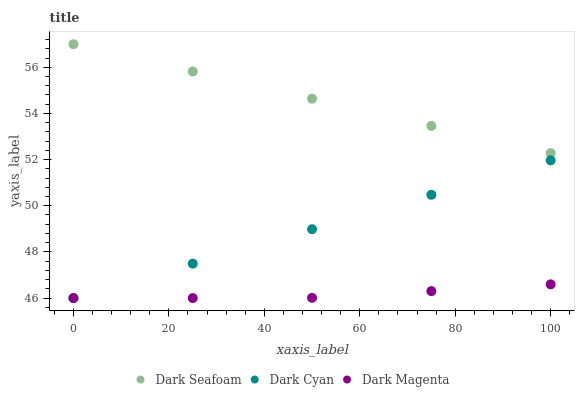
| xaxis_label | Dark Seafoam | Dark Cyan | Dark Magenta |
 | --- | --- | --- | --- |
 | 0 | 57 | 46 | 46 |
 | 25 | 55.8 | 47.5 | 46 |
 | 50 | 54.6 | 49 | 46 |
 | 75 | 53.5 | 50.5 | 46.3 |
 | 100 | 52.3 | 52 | 46.6 |